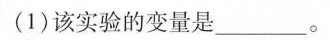
(1)该实验的变量是___。